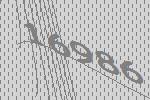
16986